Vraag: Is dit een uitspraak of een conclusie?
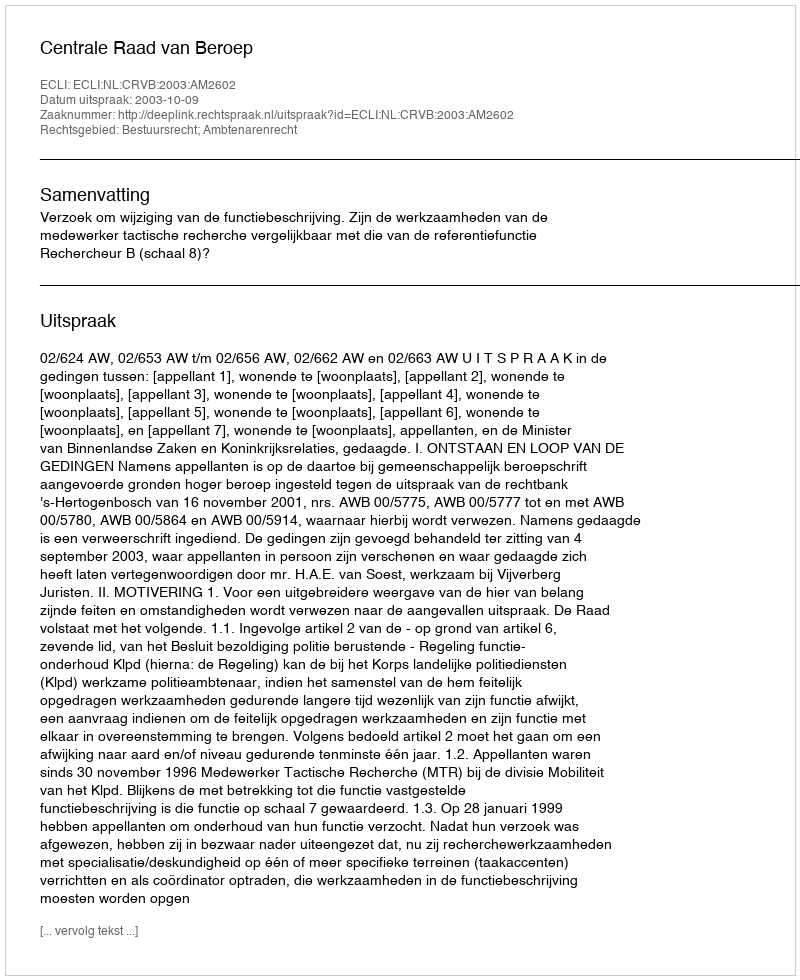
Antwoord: Uitspraak